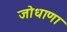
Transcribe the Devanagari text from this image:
जोधाणा